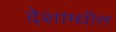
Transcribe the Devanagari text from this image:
देशांम्धील